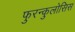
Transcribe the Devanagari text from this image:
फुरन्कुलोसिस